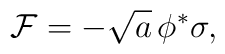
{\cal F} =-\sqrt{a} \, \phi ^*\sigma ,